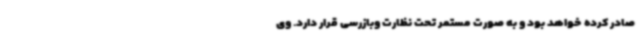
صادر کرده خواهد بود و به صورت مستمر تحت نظارت وبازرسی قرار دارد. وی